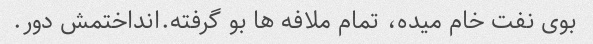
بوی نفت خام میده، تمام ملافه ها بو گرفته.انداختمش دور.